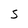
Character: S